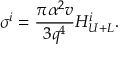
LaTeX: \sigma ^ { i } = \frac { \pi \alpha ^ { 2 } v } { 3 q ^ { 4 } } H _ { U + L } ^ { i } .